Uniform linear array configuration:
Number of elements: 12
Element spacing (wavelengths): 0.25
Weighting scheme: kaiser
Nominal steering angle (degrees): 30
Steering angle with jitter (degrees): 31.441
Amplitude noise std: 0.05
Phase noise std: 0.05

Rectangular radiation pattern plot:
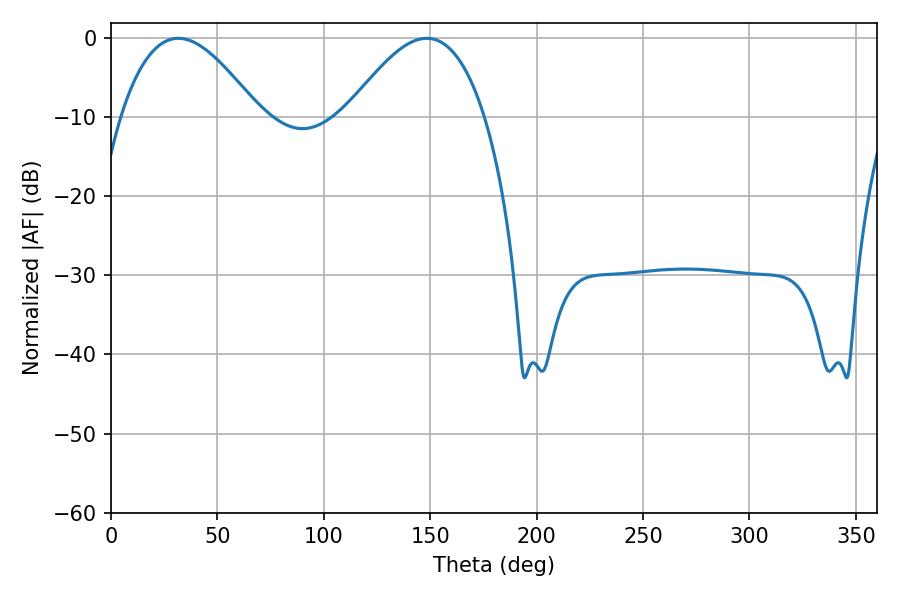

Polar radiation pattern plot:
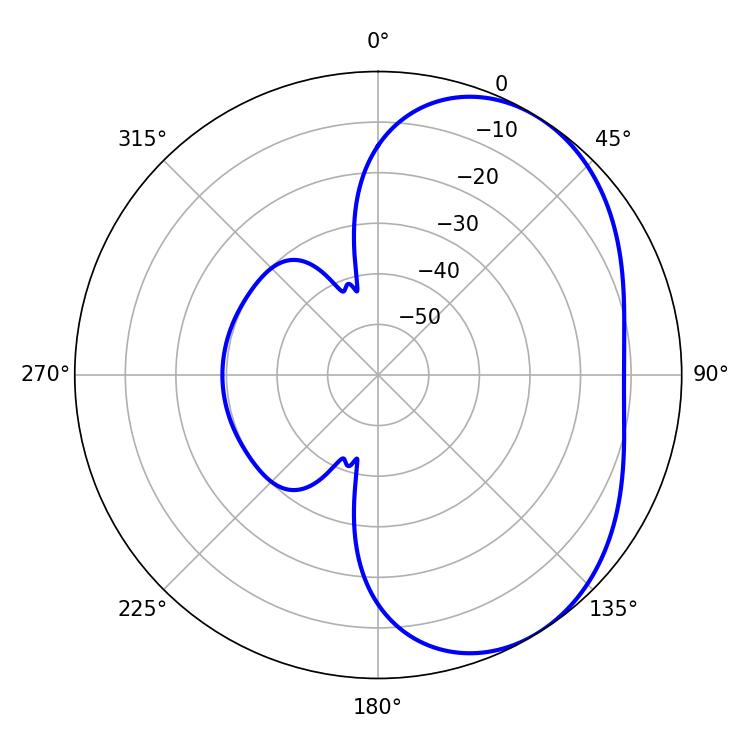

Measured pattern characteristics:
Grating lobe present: FALSE
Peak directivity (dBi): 4.085
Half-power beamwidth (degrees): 35.28
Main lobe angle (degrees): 31.68